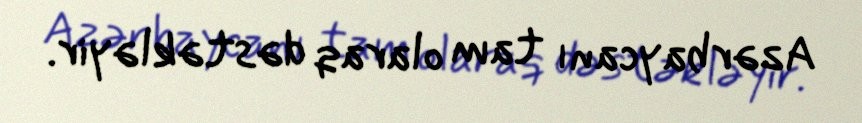
Azərbaycanı tam olaraq dəstəkləyir.